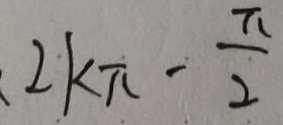
2 k \pi - \frac { \pi } { 2 }